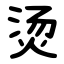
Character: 烫